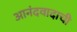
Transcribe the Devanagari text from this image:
आनंदवादाची